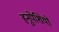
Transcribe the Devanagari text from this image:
हनुपेशियों